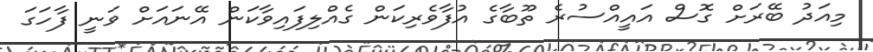
މިއަދު ބޭރަށް ގޮސް އައީއްސުރެ ތޫބާގެ އުފާވެރިކަން ގެއްލިފައިވާކަން އޭނައަށް ވަނީ ފާހަގަ